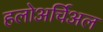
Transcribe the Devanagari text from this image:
हलोअर्चिअल